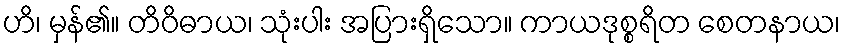
ဟိ၊ မှန်၏။ တိဝိဓာယ၊ သုံးပါး အပြားရှိသော။ ကာယဒုစ္စရိတ စေတနာယ၊